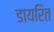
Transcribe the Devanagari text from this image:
डायरित